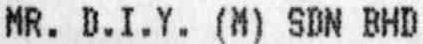
MR. D.I.Y. (M) SDN BHD